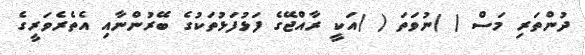
ދުންތަރި މަސް ( )ނުވަތަ ( )އަކީ ރާއްޖޭގެ ފަޅުފަޅުތަކުގެ ބޭރުންނާއި އެތެރެވަރީގެ